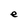
Character: e